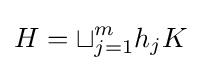
H=\sqcup _{j=1}^{m}h_{j}K